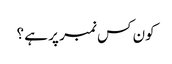
کون کس نمبر پر ہے ؟